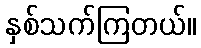
နှစ်သက်ကြတယ်။